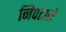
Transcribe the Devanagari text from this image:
निपटारो